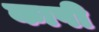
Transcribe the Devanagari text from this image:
काषी